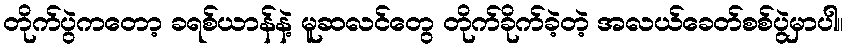
တိုက်ပွဲကတော့ ခရစ်ယာန်နဲ့ မူဆလင်တွေ တိုက်ခိုက်ခဲ့တဲ့ အလယ်ခေတ်စစ်ပွဲမှာပါ။